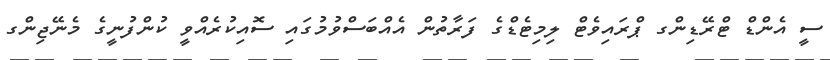
ސީ އެންޑް ޓްރޭޑިންގ ޕްރައިވެޓް ލިމިޓެޑްގެ ފަރާތުން އެއްބަސްވުމުގައި ސޮއިކުރެއްވީ ކުންފުނީގެ މެނޭޖިންގ